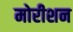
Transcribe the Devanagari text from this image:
मोरीशन